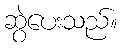
ဆွဲပေးသည်။